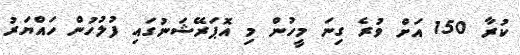
ކުރާ 150 އަށް ވުރެ ގިނަ މީހުން މި އޮޕަރޭޝަނުގައި ފުލުހުން ހައްޔަރު